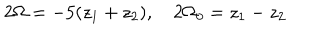
LaTeX: 2 \Omega = - 5 ( z _ { 1 } + z _ { 2 } ) , \quad 2 \Omega _ { 0 } = z _ { 1 } - z _ { 2 }